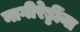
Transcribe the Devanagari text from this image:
नागीरेड्डींना